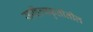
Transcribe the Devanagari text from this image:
साहित्यकृतीतील